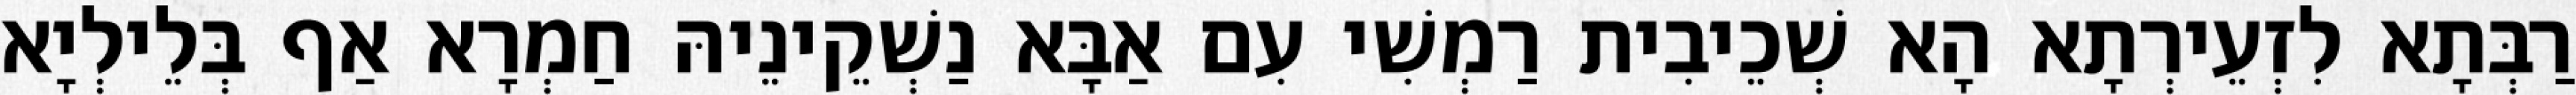
רַבְּתָא לִזְעֵירְתָא הָא שְׁכֵיבִית רַמְשִׁי עִם אַבָּא נַשְׁקֵינֵיהּ חַמְרָא אַף בְּלֵילְיָא